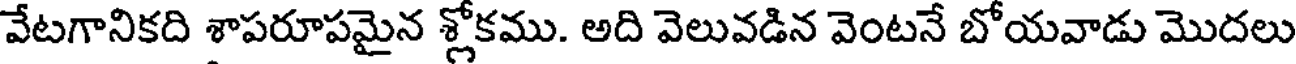
వేటగానికది శాపరూపమైన శ్లోకము. అది వెలువడిన వెంటనే బోయవాడు మొదలు